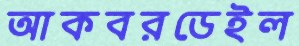
আকবরডেইল